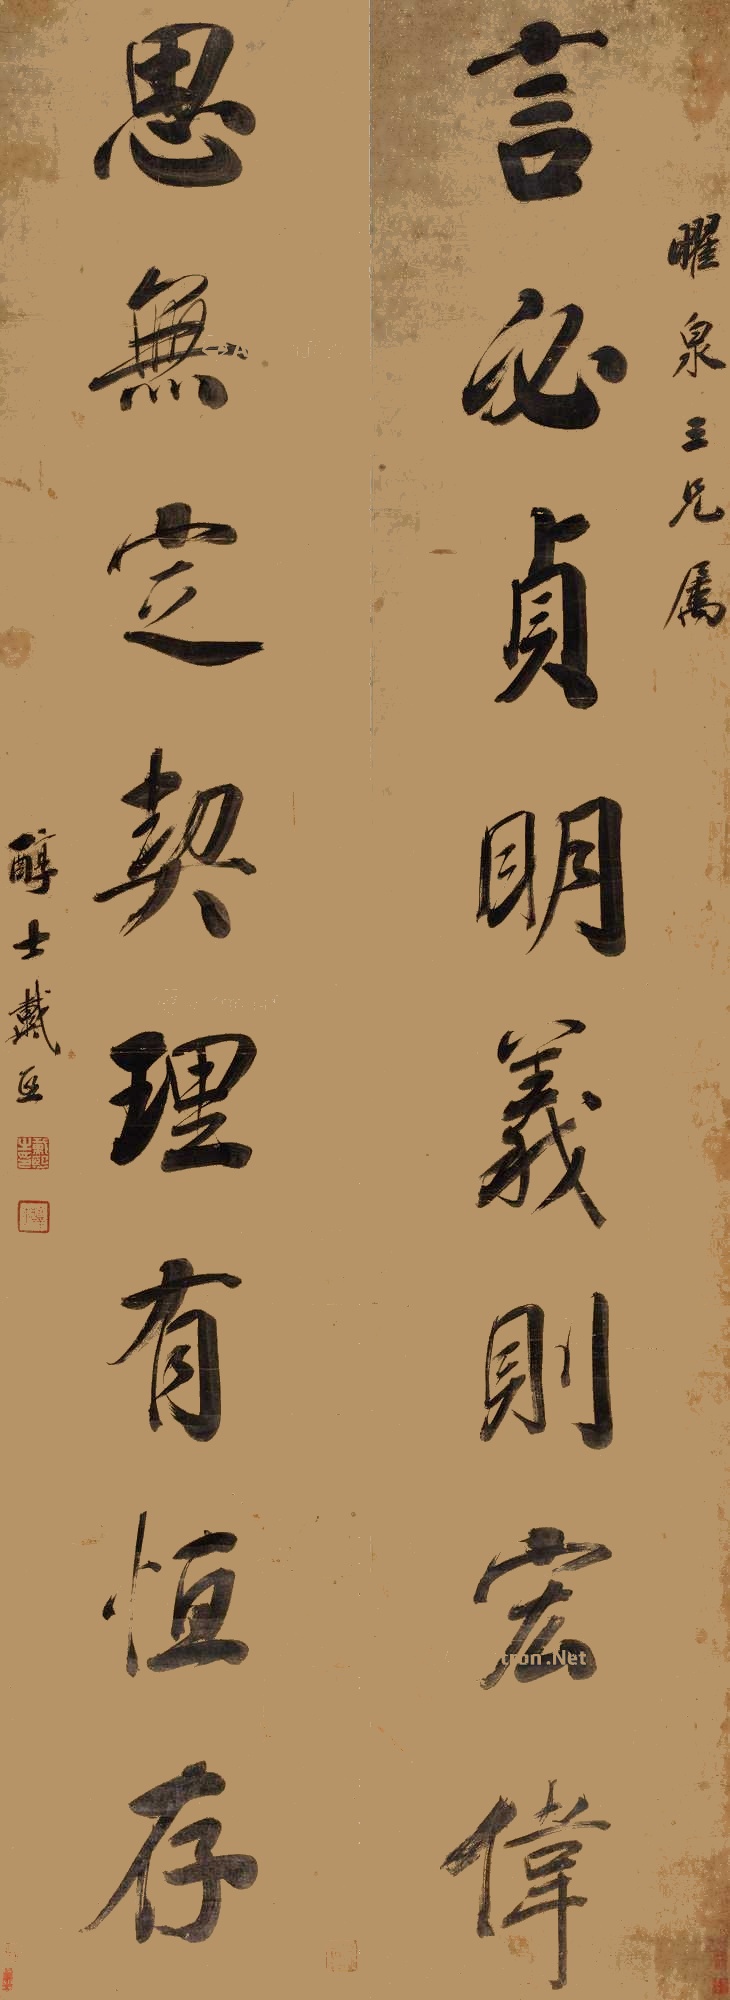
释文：言必贞明义则宏伟，思无定契理由恒存。曜泉三兄属，醇士戴熙。